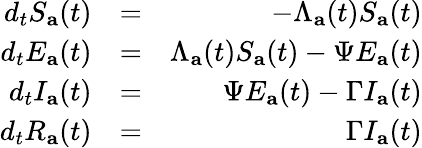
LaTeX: \begin{array}{rlr}{d_{t}S_{\mathbf{a}}(t)}&{=}&{-\Lambda_{\mathbf{a}}(t)S_{\mathbf{a}}(t)}\\ {d_{t}E_{\mathbf{a}}(t)}&{=}&{\Lambda_{\mathbf{a}}(t)S_{\mathbf{a}}(t)-\Psi E_{\mathbf{a}}(t)}\\ {d_{t}I_{\mathbf{a}}(t)}&{=}&{\Psi E_{\mathbf{a}}(t)-\Gamma I_{\mathbf{a}}(t)}\\ {d_{t}R_{\mathbf{a}}(t)}&{=}&{\Gamma I_{\mathbf{a}}(t)}\end{array}